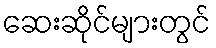
ဆေးဆိုင်များတွင်